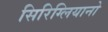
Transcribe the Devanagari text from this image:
सिरिग्लियानो